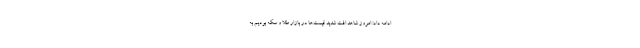
ادامه داد: امروز شاهد افت شدید قیمت‌ها در بازار طلا و سکه بودیم به